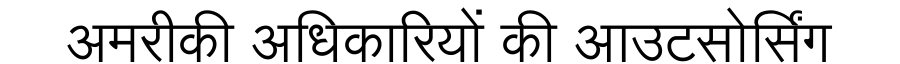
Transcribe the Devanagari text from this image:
अमरीकी अधिकारियों की आउटसोर्सिंग